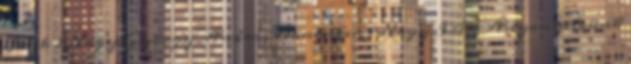
Játék 2 Nagy György András:Döntetlen 1 Nagy Irén Anyanyelvünk